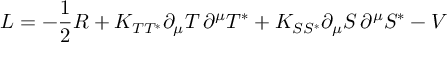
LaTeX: { \cal { L } } = - \frac { 1 } { 2 } R + K _ { T T ^ { * } } \partial _ { \mu } T \, \partial ^ { \mu } T ^ { * } + K _ { S S ^ { * } } \partial _ { \mu } S \, \partial ^ { \mu } S ^ { * } - V